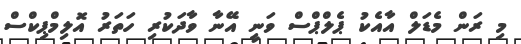
މި ރަން މެޑަލް އާއެކު ޕެލްޕްސް ވަނީ އޭނާ ވާދަކުރި ހަތަރު އޮލިމްޕިކްސް